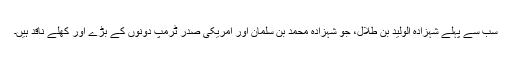
سب سے پہلے شہزادہ الولید بن طلال، جو شہزادہ محمد بن سلمان اور امریکی صدر ٹرمپ دونوں کے بڑے اور کھلے ناقد ہیں۔